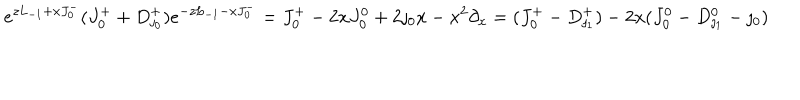
e ^ { z L _ { - 1 } + x J _ { 0 } ^ { - } } ( J _ { 0 } ^ { + } + D _ { \jmath _ { 0 } } ^ { + } ) e ^ { - z L _ { - 1 } - x J _ { 0 } ^ { - } } = J _ { 0 } ^ { + } - 2 x J _ { 0 } ^ { 0 } + 2 \jmath _ { 0 } x - x ^ { 2 } \partial _ { x } = ( J _ { 0 } ^ { + } - D _ { \jmath _ { 1 } } ^ { + } ) - 2 x ( J _ { 0 } ^ { 0 } - D _ { \jmath _ { 1 } } ^ { 0 } - \jmath _ { 0 } )